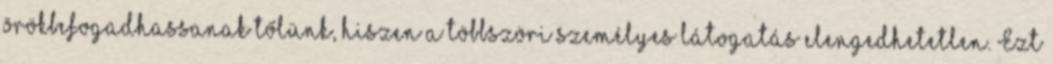
örökbefogadhassanak tőlünk, hiszen a többszöri személyes látogatás elengedhetetlen. Ezt